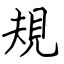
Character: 規